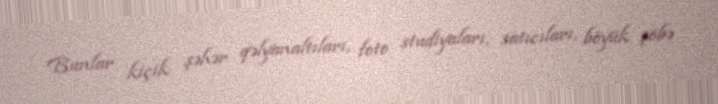
Bunlar kiçik şəhər qəlyanaltıları, foto studiyaları, satıcıları, böyük şöbə